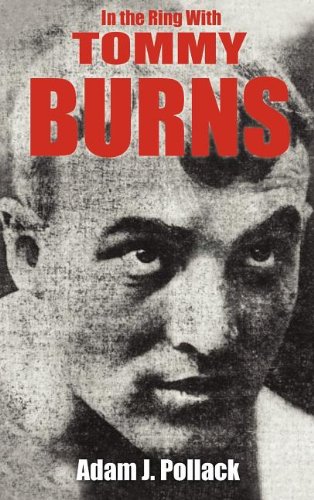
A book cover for In the Ring with Tommy Burns; Adam J. Pollack; Biographies & Memoirs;